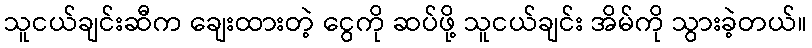
သူငယ်ချင်းဆီက ချေးထားတဲ့ ငွေကို ဆပ်ဖို့ သူငယ်ချင်း အိမ်ကို သွားခဲ့တယ်။